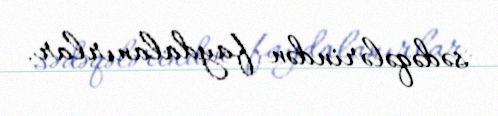
sədəqələrindən faydalanırlar.